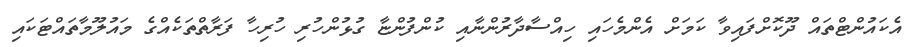
އެކައުންޓްތައް ދޫކޮށްފައިވާ ކަމަށް އެންމެހައި ހިއްސާދާރުންނާއި ކުންފުންޏާ ގުޅުންހުރި ހުރިހާ ފަރާތްތަކެއްގެ މައުލޫމާތައްޓަކައި